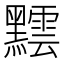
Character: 𪒝